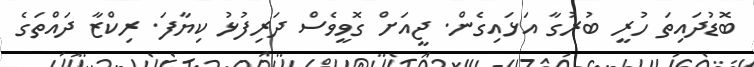
ބޮޑުދައިތަ ހުރީ ބުރުގާ އަޅައިގެން. ޖީއަށް ގޮވީވެސް ދަރިފުޅު ކިޔާފަ. ރިކްޒާ ދައްތަގެ